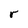
Character: r